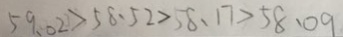
5 9 . 0 2 > 5 8 . 5 2 > 5 8 . 1 7 > 5 8 . 0 9